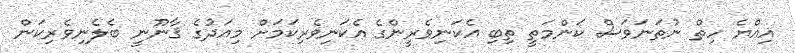
އިއްޔެ ހިތް ނުތަނަވަސް ކަންމަތީ ތިބި އެކަނިވެރީންގެ އެކަނިވެރިކަމަށް މިއަދުގެ ޤާނޫނީ ބެލެނިވެރިކަން